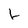
Character: L